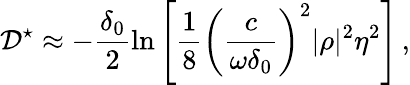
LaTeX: \mathcal{D}^{\star}\approx-\frac{\delta_{0}}{2}\ln\left[\frac{1}{8}\left(\frac{c}{\omega\delta_{0}}\right)^{2}|\rho|^{2}\eta^{2}\right]\, ,